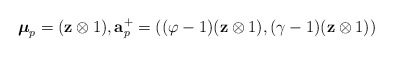
\begin{align*}\boldsymbol \mu_p=(\mathbf z\otimes 1),\mathbf a_p^+=((\varphi-1)(\mathbf z\otimes 1), (\gamma-1)(\mathbf z\otimes 1))\end{align*}